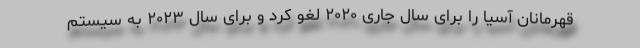
قهرمانان آسیا را برای سال جاری ۲۰۲۰ لغو کرد و برای سال ۲۰۲۳ به سیستم